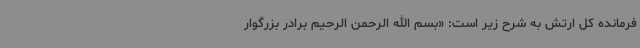
فرمانده کل ارتش به شرح زیر است: «بسم الله الرحمن الرحیم برادر بزرگوار